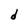
Character: d